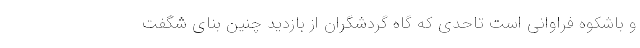
و باشکوه فراوانی است تاحدی که گاه گردشگران از بازدید چنین بنای شگفت